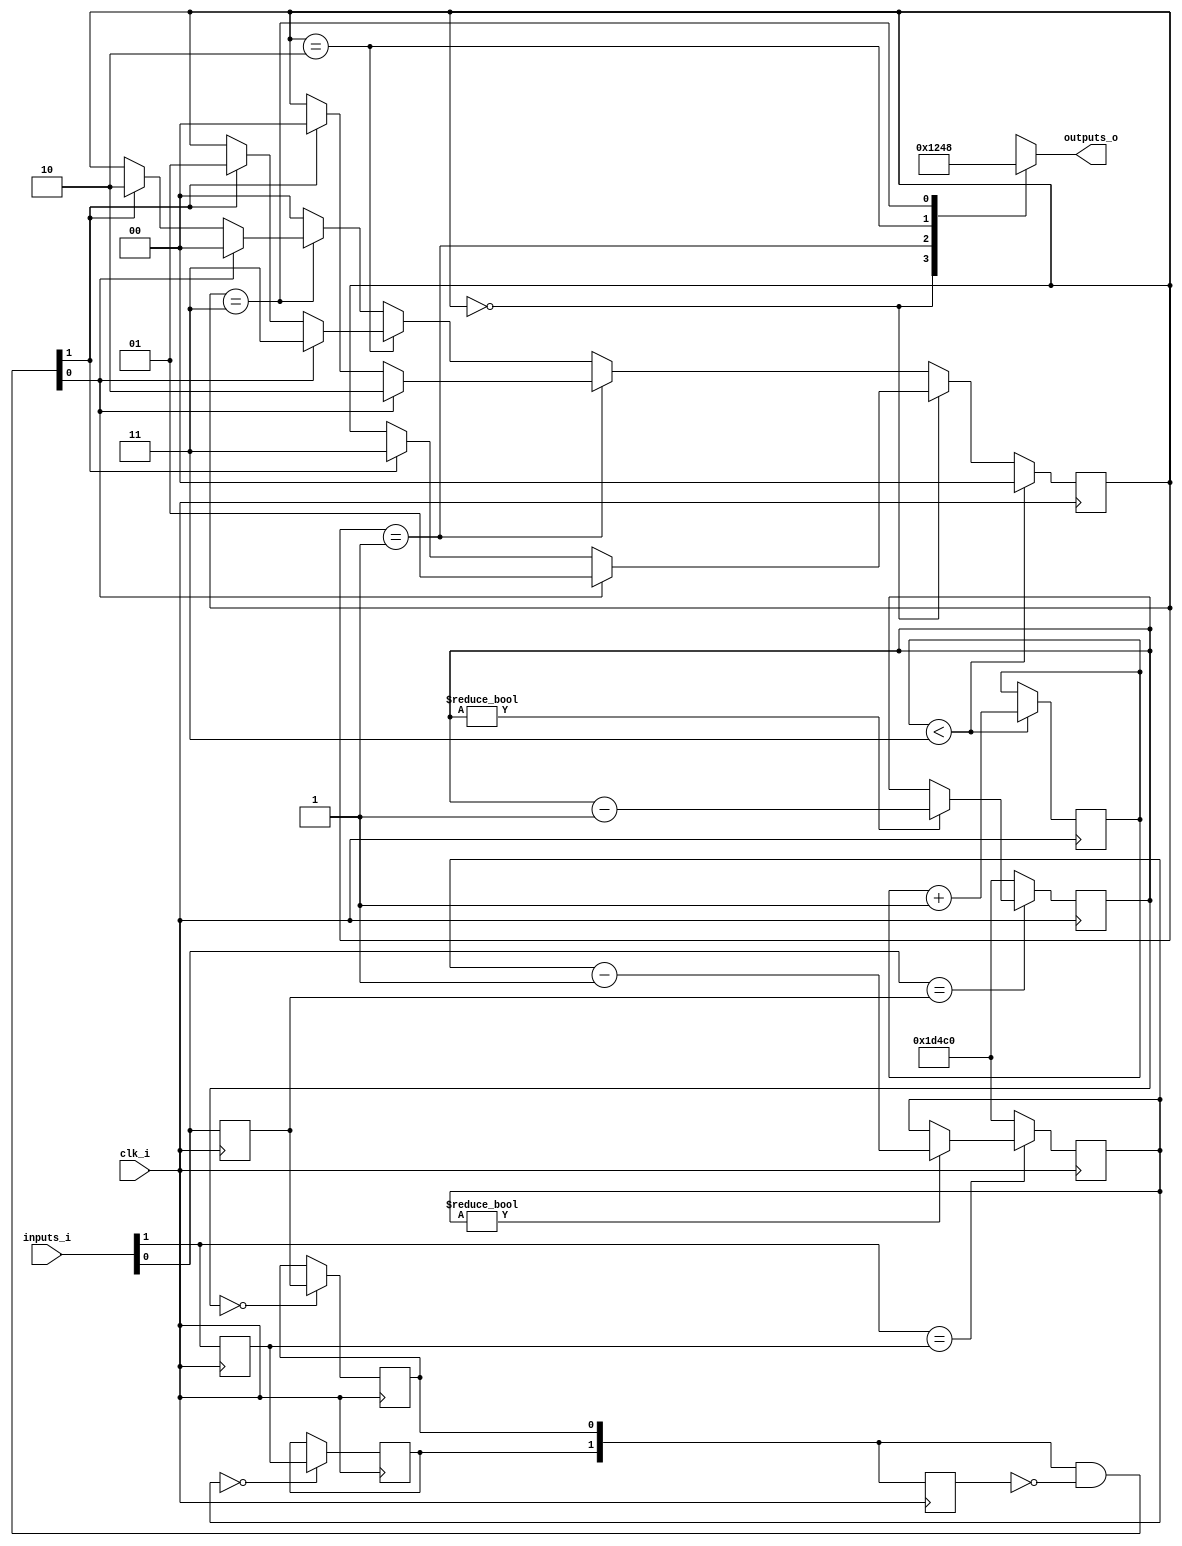
// Generated by MyHDL 0.11


`timescale 1ns/10ps

module classic_fsm (
    clk_i,
    inputs_i,
    outputs_o
);


input clk_i;
input [1:0] inputs_i;
output [3:0] outputs_o;
reg [3:0] outputs_o;

wire [1:0] dbnc_inputs;
wire [1:0] input_chgs;
reg [1:0] fsm_state;
reg [1:0] reset_cnt;
reg [1:0] prev_inputs;
reg [16:0] chunk_insts_4_debounce_cnt;
reg chunk_insts_4_button_o;
reg chunk_insts_4_prev_button;
reg [16:0] k_debounce_cnt;
reg k_button_o;
reg k_prev_button;
wire [1:0] k_chunk_insts_3_a;

assign k_chunk_insts_3_a[1] = chunk_insts_4_button_o;
assign k_chunk_insts_3_a[0] = k_button_o;



assign input_chgs = (dbnc_inputs & (~prev_inputs));


always @(posedge clk_i) begin: CLASSIC_FSM_LOC_INSTS_CHUNK_INSTS_1
    if (($signed({1'b0, reset_cnt}) < (4 - 1))) begin
        fsm_state <= 2'b00;
        reset_cnt <= (reset_cnt + 1);
    end
    else if ((fsm_state == 2'b00)) begin
        if (input_chgs[0]) begin
            fsm_state <= 2'b01;
        end
        else if (input_chgs[1]) begin
            fsm_state <= 2'b11;
        end
    end
    else if ((fsm_state == 2'b01)) begin
        if (input_chgs[0]) begin
            fsm_state <= 2'b10;
        end
        else if (input_chgs[1]) begin
            fsm_state <= 2'b00;
        end
    end
    else if ((fsm_state == 2'b10)) begin
        if (input_chgs[0]) begin
            fsm_state <= 2'b11;
        end
        else if (input_chgs[1]) begin
            fsm_state <= 2'b01;
        end
    end
    else if ((fsm_state == 2'b11)) begin
        if (input_chgs[0]) begin
            fsm_state <= 2'b00;
        end
        else if (input_chgs[1]) begin
            fsm_state <= 2'b10;
        end
    end
    else begin
        fsm_state <= 2'b00;
    end
    prev_inputs <= dbnc_inputs;
end


always @(fsm_state) begin: CLASSIC_FSM_LOC_INSTS_CHUNK_INSTS_2_C
    case (fsm_state)
        2'b00: begin
            outputs_o = 1;
        end
        2'b01: begin
            outputs_o = 2;
        end
        2'b10: begin
            outputs_o = 4;
        end
        2'b11: begin
            outputs_o = 8;
        end
        default: begin
            outputs_o = 15;
        end
    endcase
end



assign dbnc_inputs = k_chunk_insts_3_a;


always @(posedge clk_i) begin: CLASSIC_FSM_LOC_INSTS_CHUNK_INSTS_4_LOC_INSTS_CHUNK_INSTS_0
    if ((inputs_i[1] == chunk_insts_4_prev_button)) begin
        if ((chunk_insts_4_debounce_cnt != 0)) begin
            chunk_insts_4_debounce_cnt <= (chunk_insts_4_debounce_cnt - 1);
        end
    end
    else begin
        chunk_insts_4_debounce_cnt <= 120000;
    end
    chunk_insts_4_prev_button <= inputs_i[1];
end


always @(posedge clk_i) begin: CLASSIC_FSM_LOC_INSTS_CHUNK_INSTS_4_LOC_INSTS_CHUNK_INSTS_K
    if ((chunk_insts_4_debounce_cnt == 0)) begin
        chunk_insts_4_button_o <= chunk_insts_4_prev_button;
    end
end


always @(posedge clk_i) begin: CLASSIC_FSM_LOC_INSTS_CHUNK_INSTS_K_LOC_INSTS_CHUNK_INSTS_0
    if ((k_debounce_cnt == 0)) begin
        k_button_o <= k_prev_button;
    end
end


always @(posedge clk_i) begin: CLASSIC_FSM_LOC_INSTS_CHUNK_INSTS_K_LOC_INSTS_CHUNK_INSTS_K
    if ((inputs_i[0] == k_prev_button)) begin
        if ((k_debounce_cnt != 0)) begin
            k_debounce_cnt <= (k_debounce_cnt - 1);
        end
    end
    else begin
        k_debounce_cnt <= 120000;
    end
    k_prev_button <= inputs_i[0];
end

endmodule